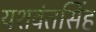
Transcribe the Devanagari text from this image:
यशवंतसिंह